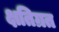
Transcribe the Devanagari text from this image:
क्षतिग्रत